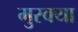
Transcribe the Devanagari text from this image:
मुस्क्या